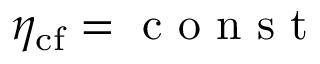
\eta _ { \mathrm { c f } } = \mathrm { ~ c ~ o ~ n ~ s ~ t ~ }